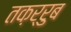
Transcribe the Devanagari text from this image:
तक़र्रुब